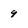
Character: 9